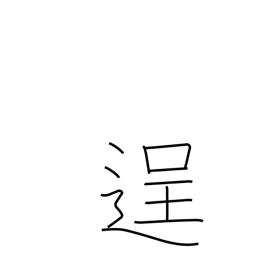
Meaning: bold